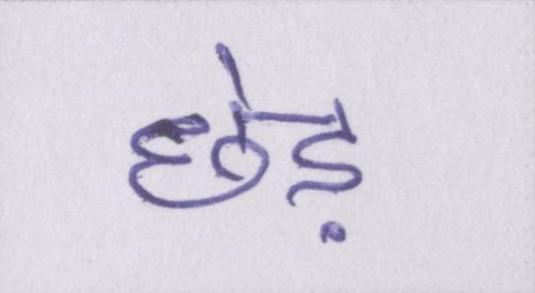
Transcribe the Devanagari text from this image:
छेड़